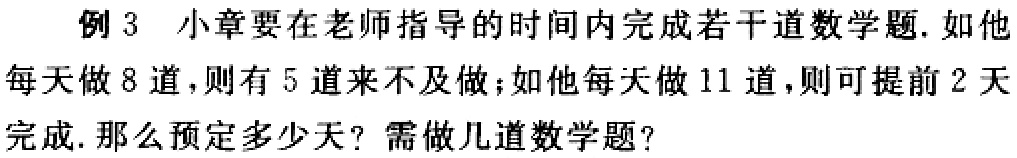
例 3 小章要在老师指导的时间内完成若干道数学题. 如他每天做 8 道，则有 5 道来不及做；如他每天做 11 道，则可提前 2 天完成. 那么预定多少天？需做几道数学题？